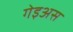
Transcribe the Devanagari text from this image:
गेइअस